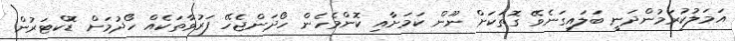
އަމަލުކުރަމުންދަނީ ބަލައިގަނެވޭ ގޮތަކަށް ނޫން ކަމަށާއި ކޮންމެހެން ހޯދަންޖެހޭ ފަރުވާތަކެއް ހޯދުމަށް ޑޮކްޓަރުން